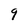
Character: 9